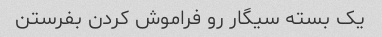
یک بسته سیگار رو فراموش کردن بفرستن